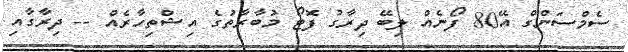
ސެމްސަންގް އޭ80 ފޯނެއް ލިބޭ ދިރާގު ފޮޓޯ މުބާރާތުގެ އިޝްތިހާރެއް -- ދިރާގާއި